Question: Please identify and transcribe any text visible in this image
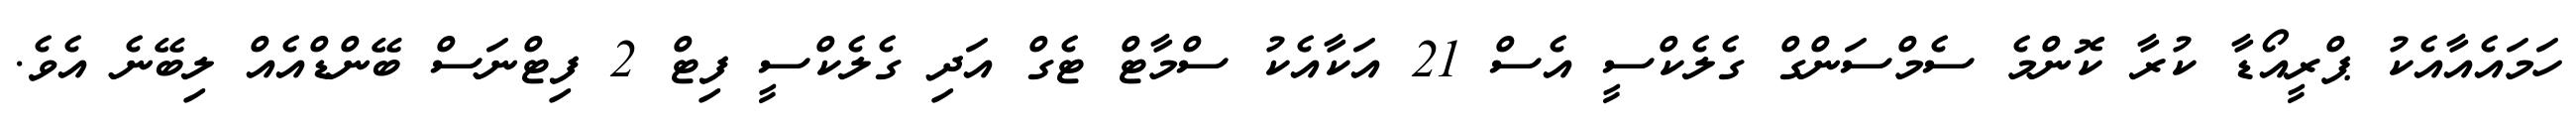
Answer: ހަމައެއާއެކު ޕްރީއޯޑާ ކުރާ ކޮންމެ ސެމްސަންގް ގެލެކްސީ އެސް 21 އަކާއެކު ސްމާޓް ޓެގް އަދި ގެލެކްސީ ފިޓް 2 ފިޓްނަސް ބޭންޑްއެއް ލިބޭނެ އެވެ.